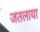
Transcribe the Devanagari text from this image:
जतलाया